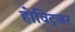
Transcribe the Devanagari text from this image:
होविट्जर